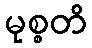
မုစ္စတိ